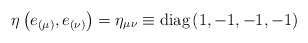
\begin{align*}\eta\left(e_{(\mu)}, e_{(\nu)}\right) = \eta_{\mu\nu} \equiv \textrm{diag}\left(1,-1,-1,-1\right)\end{align*}